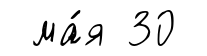
ма́я 30